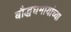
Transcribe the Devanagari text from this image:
बौद्धधर्मीयांच्या